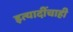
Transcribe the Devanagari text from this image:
इत्यादींचाही